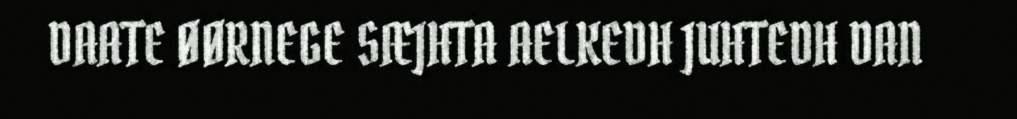
DAATE ØØRNEGE SÆJHTA AELKEDH JUHTEDH DAN